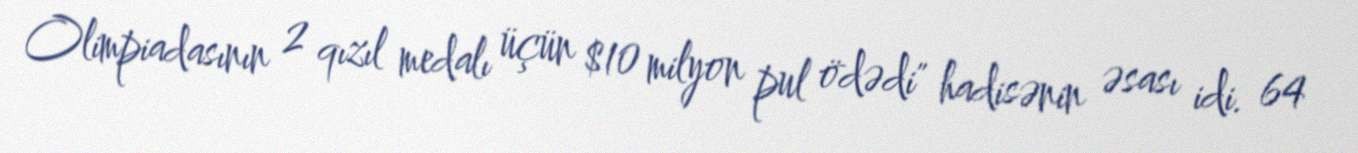
Olimpiadasının 2 qızıl medalı üçün $10 milyon pul ödədi" hadisənin əsası idi. 64